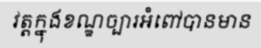
វត្តក្នុងខណ្ឌច្បារអំពៅបានមាន